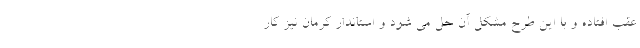
عقب افتاده و با این طرح مشکل آن حل می شود و استاندار کرمان نیز کار